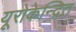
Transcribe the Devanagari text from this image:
यूरोकेन्द्रित